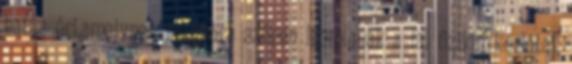
hatás éri,amelynek hatására szépen leomlanak a fal fizikai korlátai.